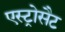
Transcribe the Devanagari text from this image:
एस्ट्रोसैट